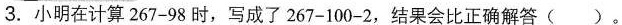
3.小明在计算$$2 6 7 - 9 8$$时，写成了$$2 6 7 - 1 0 0 - 2$$，结果会比正确解答( )。